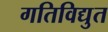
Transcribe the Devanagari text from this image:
गतिविद्युत